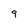
Character: 9